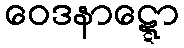
ဝေဒနာဋ္ဋော